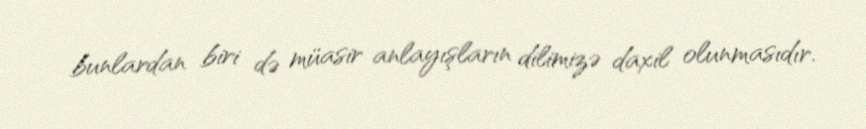
bunlardan biri də müasir anlayışların dilimizə daxil olunmasıdır.